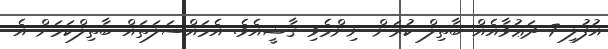
އުފުލި 7 ދަޢުވާއެއް ބާތިލް ކުރަން ނިންމެވި ޤާޟީއެވެ. އެމައްސަލަތައް ބާތިލްކަމަށް އެ